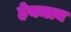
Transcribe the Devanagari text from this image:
हेयमान